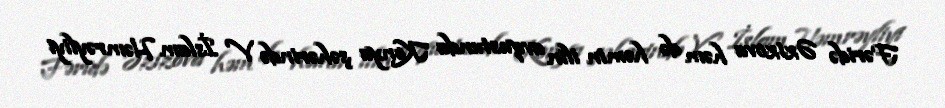
Fəridə Əzizova həm də həmin ilin avqustunda Konya şəhərində V İslam Həmrəyliyi